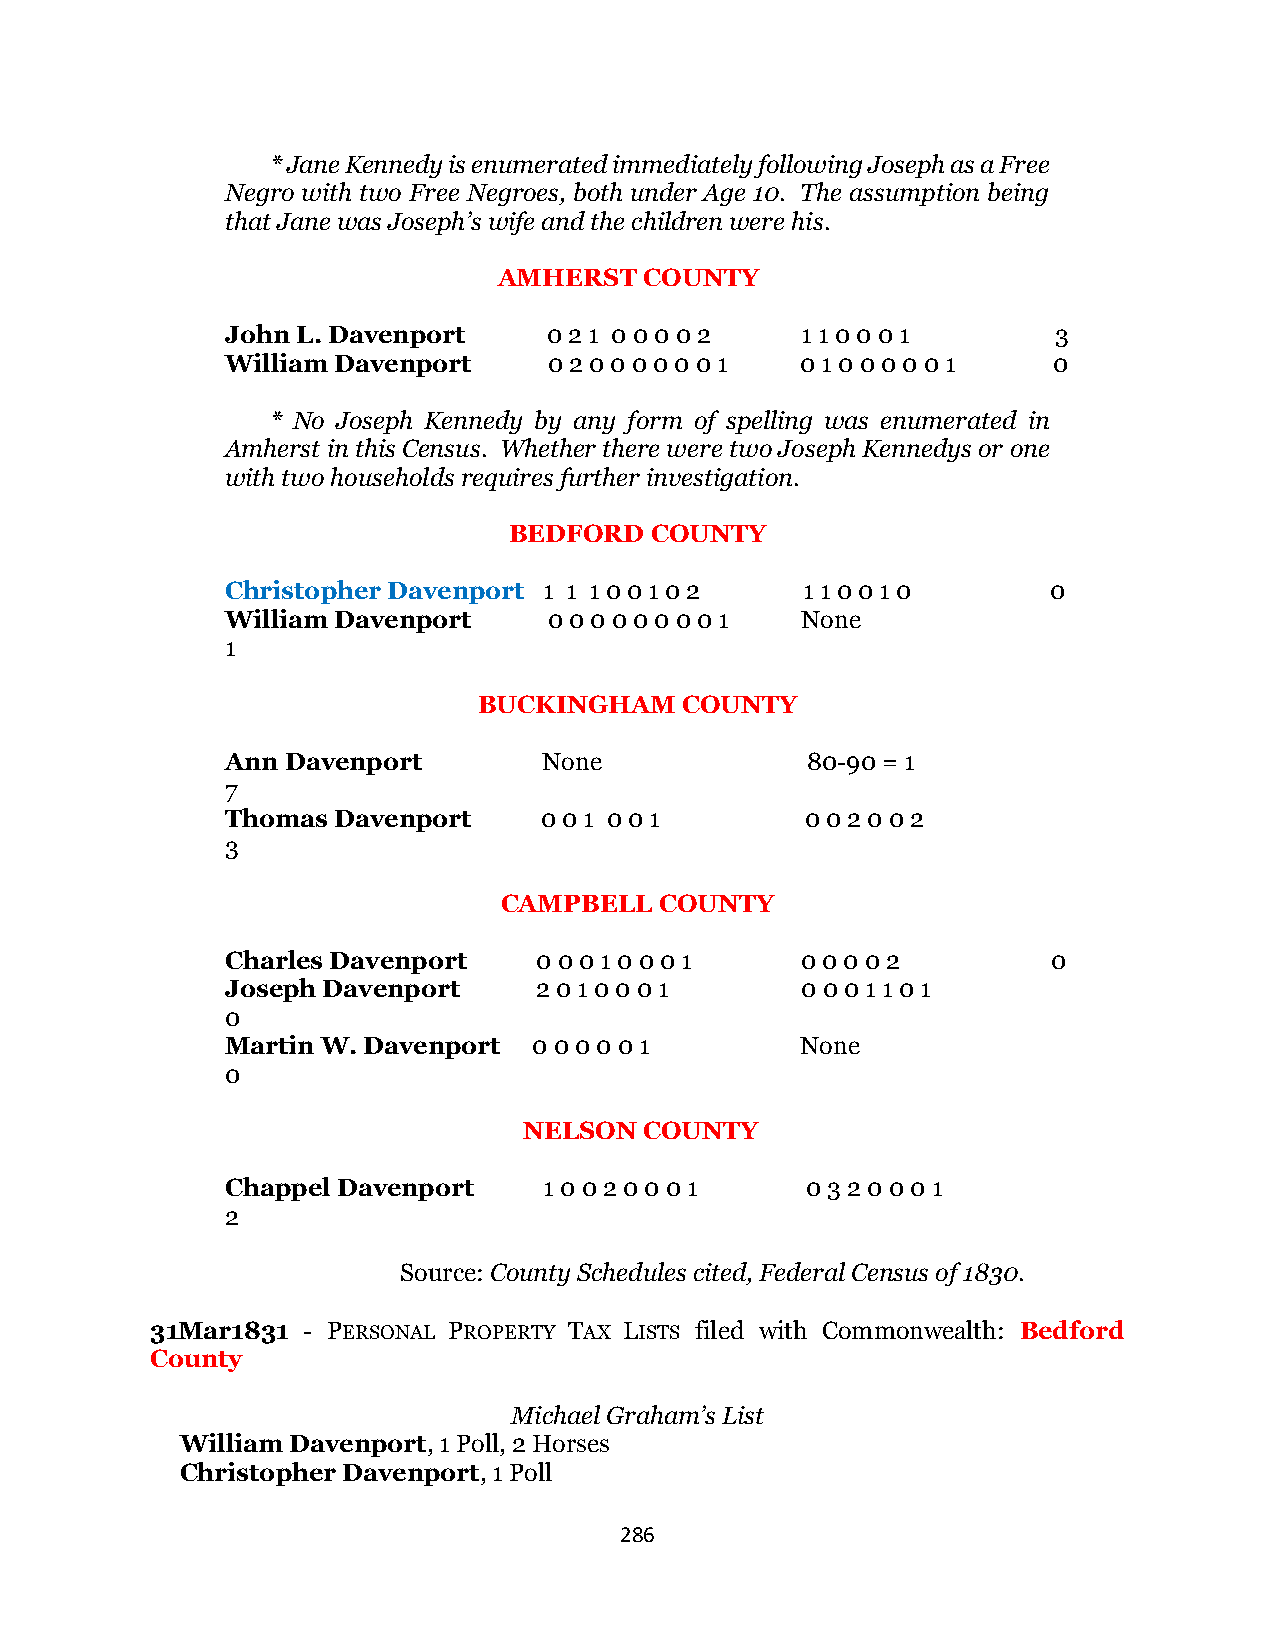
* Jane Kennedy is enumerated immediately following Joseph as a Free
 Negro with two Free Negroes, both under Age 10. The assumption being
 that Jane was Joseph’s wife and the children were his.
 AMHERST   COUNTY
 John L. Davenport    0 2 1 0 0 0 0 2  1 1 0 0 0 1      3
 William Davenport    0 2 0 0 0 0 0 0 1 0 1 0 0 0 0 0 1 0
 * No Joseph Kennedy by any form of spelling was enumerated in
 Amherst in this Census. Whether there were two Joseph Kennedys or one
 with two households requires further investigation.
 BEDFORD  COUNTY
 Christopher Davenport 1 1 1 0 0 1 0 2 1 1 0 0 1 0      0
 William Davenport    0 0 0 0 0 0 0 0 1 None
 1
 BUCKINGHAM   COUNTY
 Ann Davenport        None             80-90 = 1
 7
 Thomas Davenport     0 0 1 0 0 1      0 0 2 0 0 2
 3
 CAMPBELL   COUNTY
 Charles Davenport    0 0 0 1 0 0 0 1  0 0 0 0 2        0
 Joseph Davenport    2 0 1 0 0 0 1     0 0 0 1 1 0 1
 0
 Martin W. Davenport 0 0 0 0 0 1       None
 0
 NELSON  COUNTY
 Chappel Davenport    1 0 0 2 0 0 0 1  0 3 2 0 0 0 1
 2
 Source: County Schedules cited, Federal Census of 1830.
 31Mar1831 - PERSONAL PROPERTY TAX LISTS filed with Commonwealth: Bedford
 County
 Michael Graham’s List
 William Davenport, 1 Poll, 2 Horses
 Christopher Davenport, 1 Poll
 286